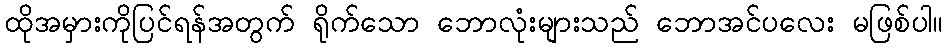
ထိုအမှားကိုပြင်ရန်အတွက် ရိုက်သော ဘောလုံးများသည် ဘောအင်ပလေး မဖြစ်ပါ။